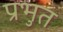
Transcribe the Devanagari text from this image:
प्रभुत